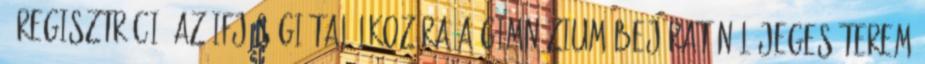
- Regisztráció az ifjúsági találkozóra a gimnázium bejáratánál Jeges-terem